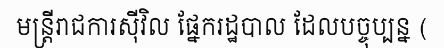
មន្ត្រីរាជការស៊ីវិល ផ្នែករដ្ឋបាល ដែលបច្ចុប្បន្ន (